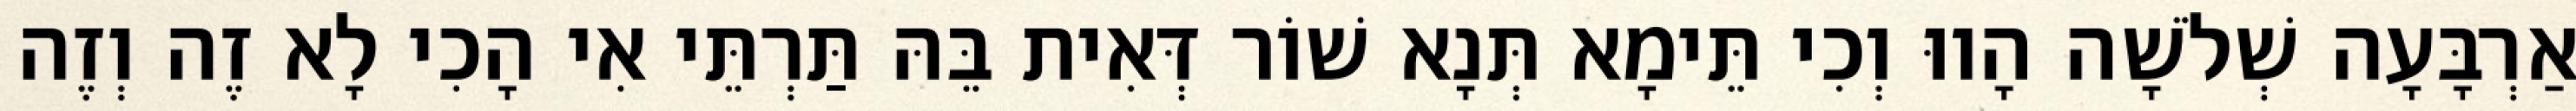
אַרְבָּעָה שְׁלֹשָׁה הָווּ וְכִי תֵּימָא תְּנָא שׁוֹר דְּאִית בֵּהּ תַּרְתֵּי אִי הָכִי לָא זֶה וְזֶה